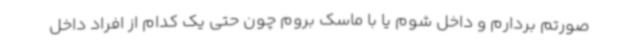
صورتم بردارم و داخل شوم یا با ماسک بروم چون حتی یک کدام از افراد داخل